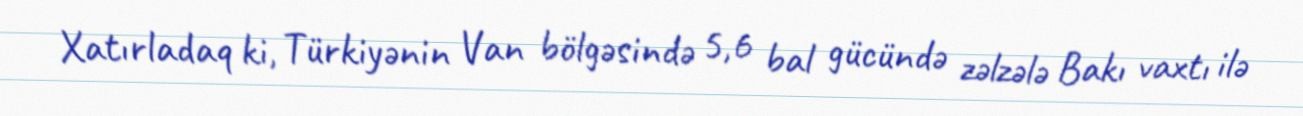
Xatırladaq ki, Türkiyənin Van bölgəsində 5,6 bal gücündə zəlzələ Bakı vaxtı ilə